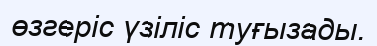
өзгеріс үзіліс туғызады.